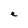
Character: e